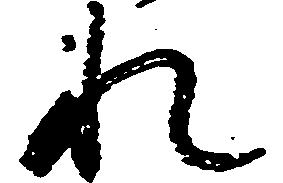
れ